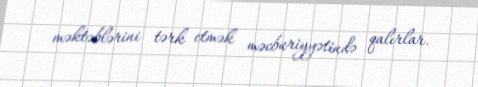
məktəblərini tərk etmək məcburiyyətində qalırlar.